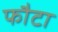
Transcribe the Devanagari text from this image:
फौटा